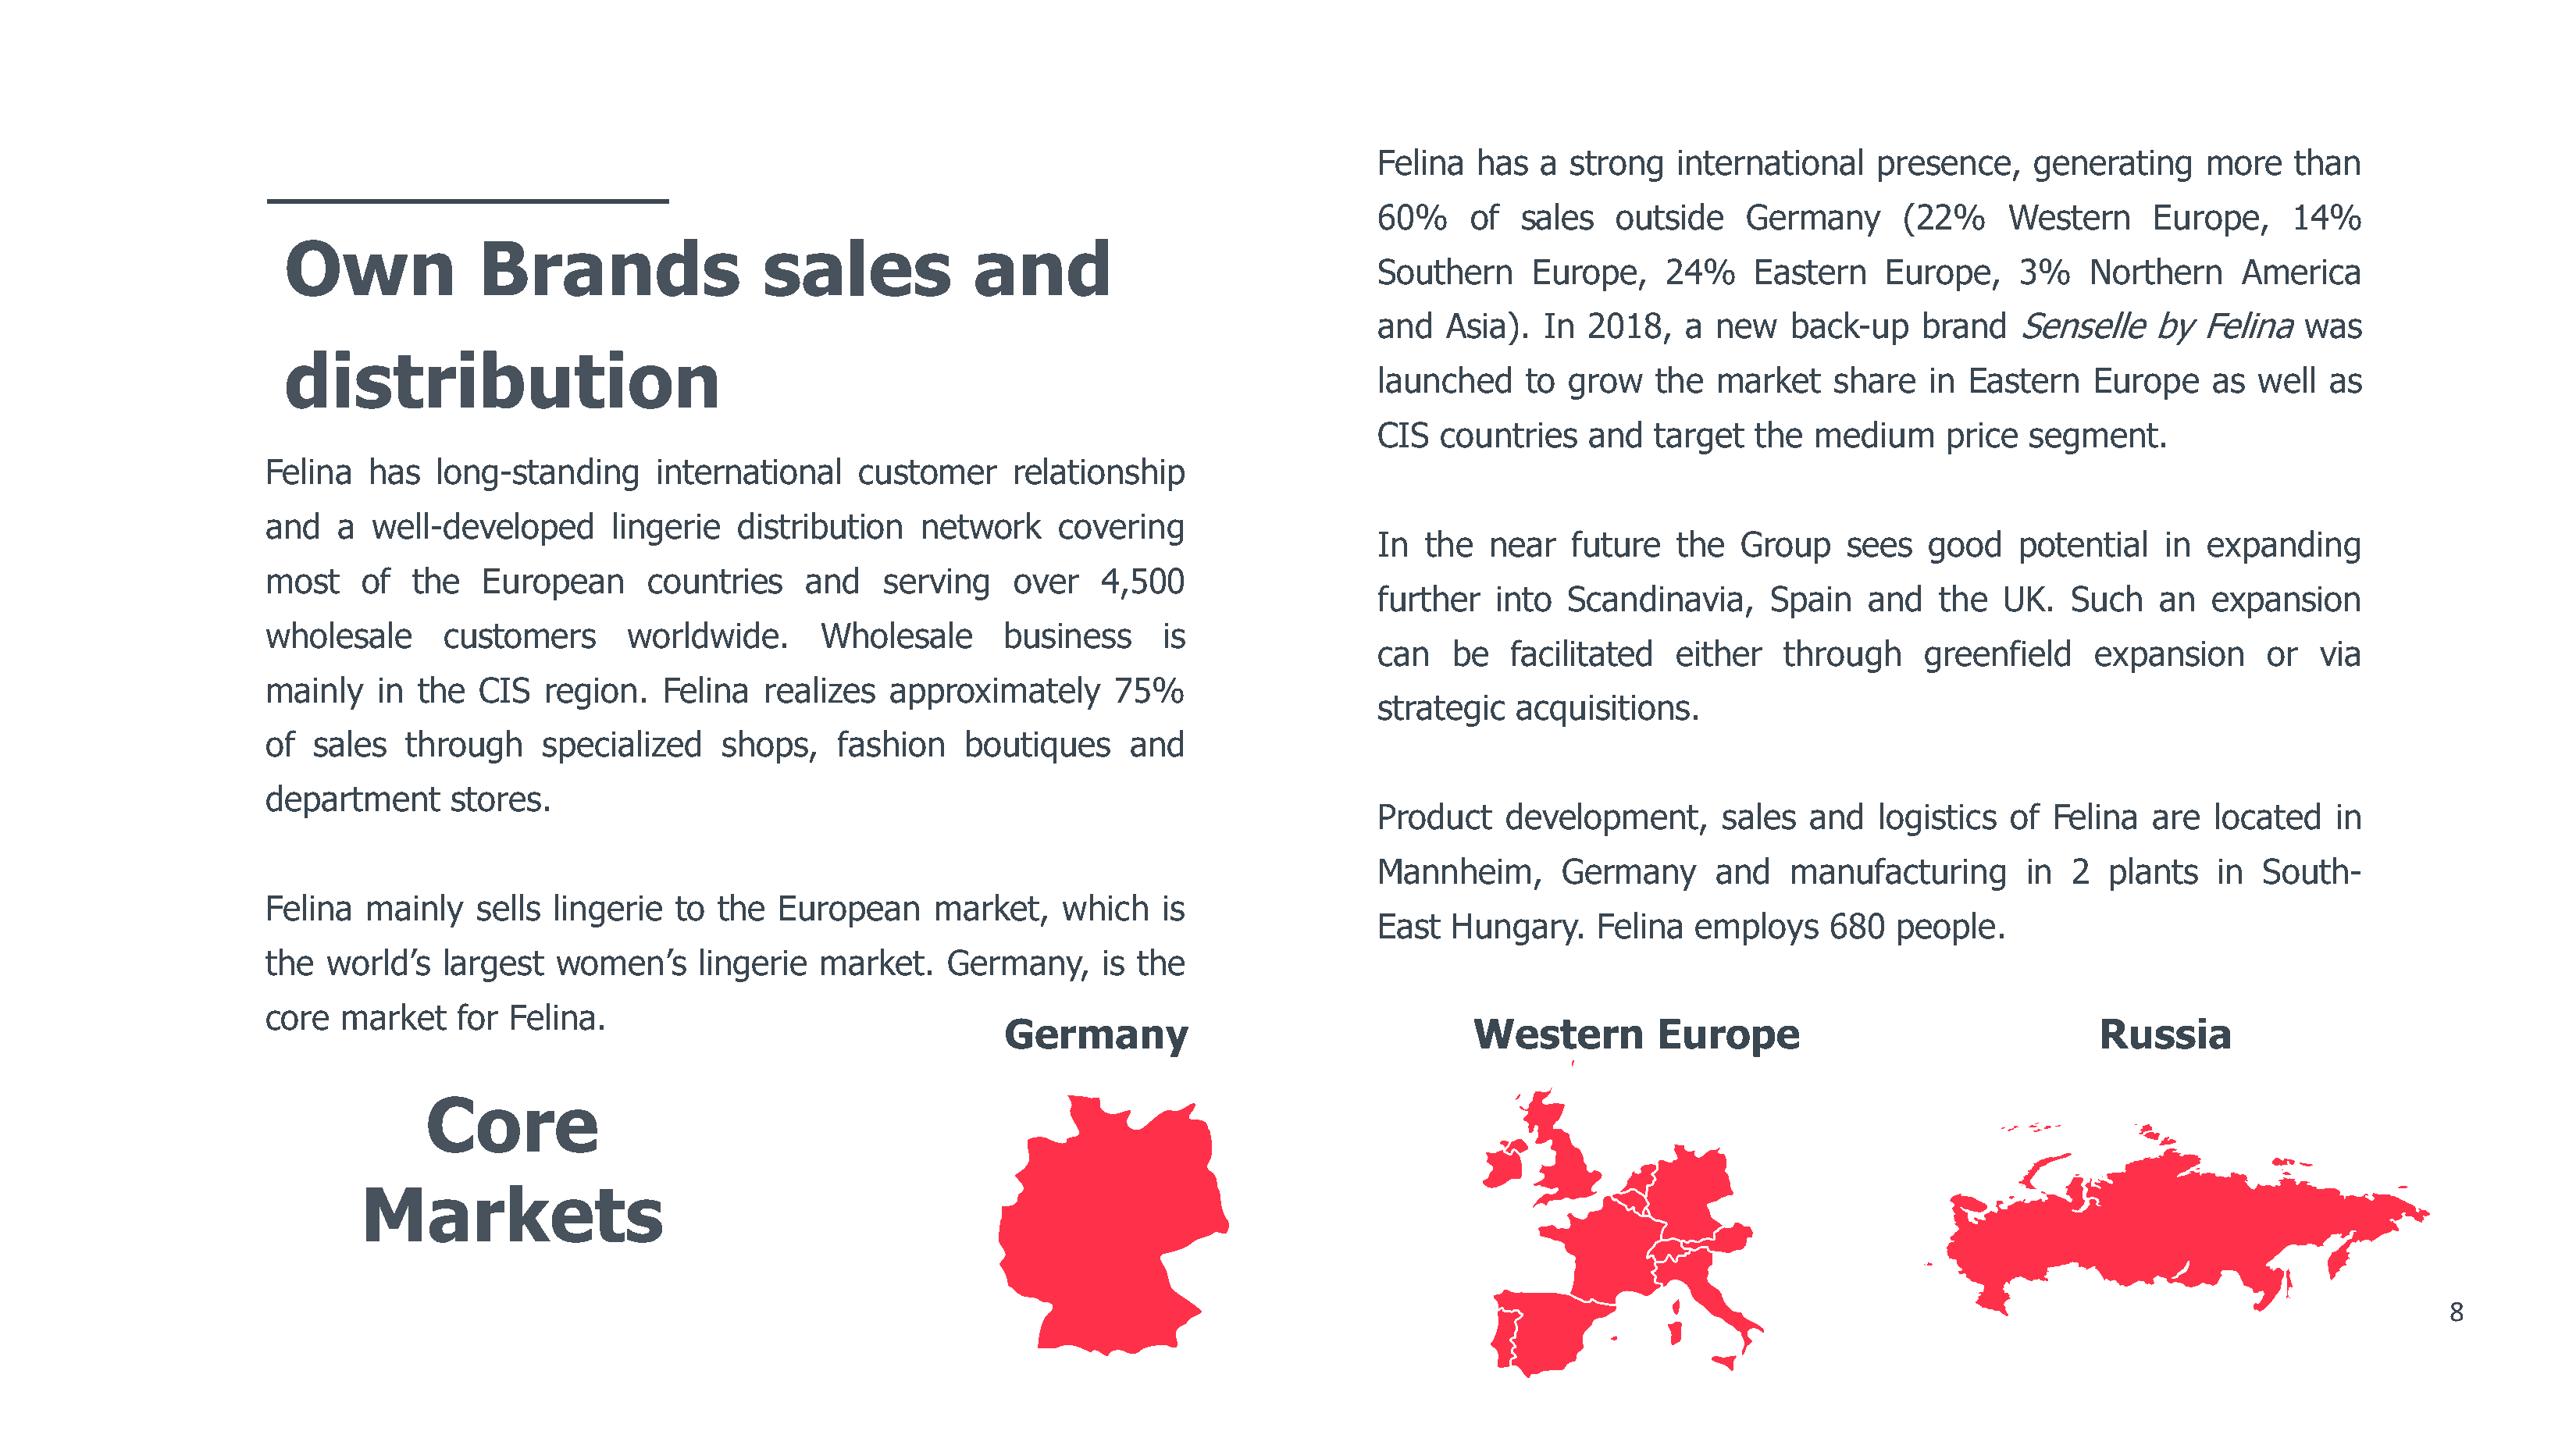
Felina  has   a strong   international    presence,    generating     more   than
 60%     of  sales   outside    Germany      (22%     Western      Europe,    14%
 Own              Brands                  sales             and
 Southern     Europe,    24%     Eastern    Europe,    3%    Northern     America
 and   Asia).  In  2018,   a new    back-up    brand   SensellebyFelinawas
 distribution
 launched    to  grow   the   market   share   in  Eastern   Europe    as  well  as
 CIS  countries    and  target   the  medium     price  segment.
 Felina  has   long-standing      international    customer     relationship
 and   a  well-developed      lingerie   distribution   network     covering
 In  the  near   future   the   Group    sees   good   potential   in  expanding
 most    of  the   European      countries    and    serving    over   4,500
 further   into  Scandinavia,     Spain   and   the   UK.   Such   an  expansion
 wholesale      customers      worldwide.       Wholesale      business      is
 can   be   facilitated   either   through     greenfield     expansion     or   via
 mainly   in the   CIS  region.   Felina   realizes  approximately      75%
 strategic   acquisitions.
 of  sales  through     specialized    shops,    fashion    boutiques     and
 department     stores.
 Product    development,      sales  and   logistics  of  Felina  are   located   in
 Mannheim,      Germany      and    manufacturing       in  2  plants   in  South-
 Felina  mainly   sells  lingerie  to  the  European     market,    which   is
 East  Hungary.    Felina   employs    680   people.
 the           largest               lingerie  market.    Germany,     is the
 world’s            women’s
 core  market    for Felina.
 Germany                                 Western        Europe                                Russia
 Core
 Markets
 8
 1